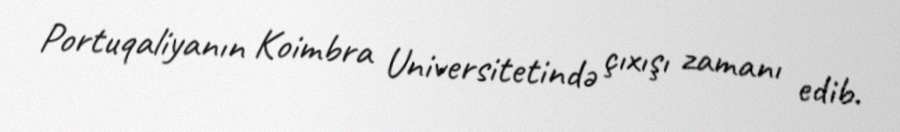
Portuqaliyanın Koimbra Universitetində çıxışı zamanı edib.